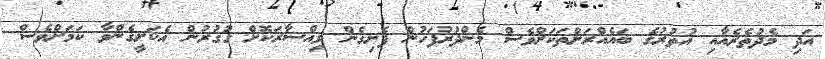
އަދި މެދުތެރެއާއި އުތުރުގެ ބައެއްރަށްތަކަށްވެސް މެންދުރުފަހުން ފެށިގެން ވިއްސާރަކޮށް ގުގުރުން އެކަށީގެންވާ ކަމަށްވެސް